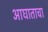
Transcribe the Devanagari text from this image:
आघाताचा